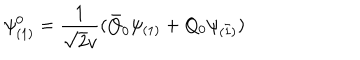
LaTeX: \psi _ { ( 1 ) } ^ { 0 } = \frac { 1 } { \sqrt { 2 } v } ( \bar { Q } _ { 0 } \psi _ { ( 1 ) } + Q _ { 0 } \psi _ { ( \bar { 1 } ) } )